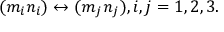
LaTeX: \begin{array} { l c r } { { ( m _ { i } n _ { i } ) \leftrightarrow ( m _ { j } n _ { j } ) , i , j = 1 , 2 , 3 . } } \end{array}